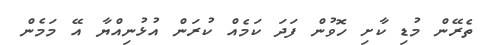
ތެރޭން މުޑި ކާށި ހޮވުން ފަދަ ކަމެއް ކުރަން އުޅުނިއްޔާ އޭ މަމެން